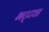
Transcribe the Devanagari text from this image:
भट्‌ट्या